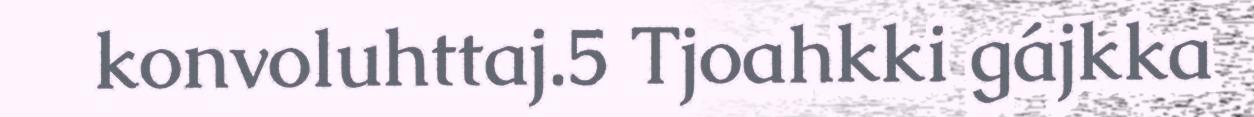
konvoluhttaj.5 Tjoahkki gájkka